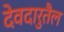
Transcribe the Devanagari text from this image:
देवदारुतैल